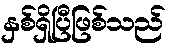
နှစ်ရှိပြီဖြစ်သည်